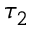
\tau _ { 2 }